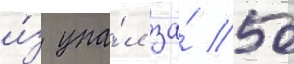
и́з упа́л за́ 50